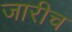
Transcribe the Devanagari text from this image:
जारीच